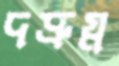
দদ্রুঘ্ন